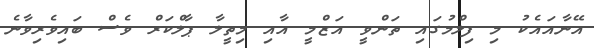
އޭނާއައެކު މި ފިލްމުގައި ތަންވީ އަޒްމީ އާއި މިތީލާ ޕާލްކަރް ވެސް ބައިވެރިވާނެ